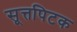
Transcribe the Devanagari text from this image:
सूत्तपिटक